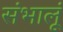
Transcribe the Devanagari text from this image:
संभालूं